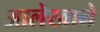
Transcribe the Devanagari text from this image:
आलेखाने